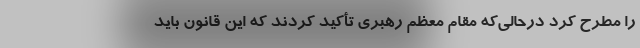
را مطرح کرد درحالی‌که مقام معظم رهبری تأکید کردند که این قانون باید